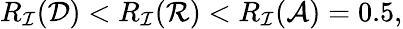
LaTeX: R_{\mathcal{I}}({\mathcal{{D}}})<R_{\mathcal{I}}({\mathcal{{R}}})<R_{\mathcal{I}}({\mathcal{{A}}})=0.5,